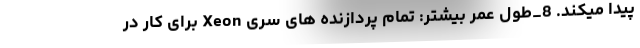
پیدا میکند. 8_طول عمر بیشتر: تمام پردازنده های سری Xeon برای کار در